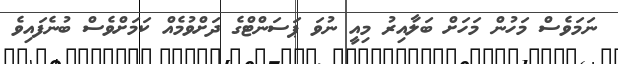
ނަމަވެސް މަހުން މަހަށް ބަލާއިރު މިއީ ނުވަ ޕަސަންޓްގެ ދަށްވުމެއް ކަމަށްވެސް ބުނެފައިވެ